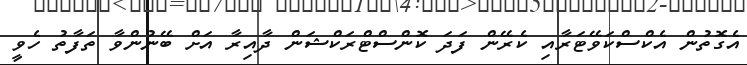
އެގޮތުން އެކްސްކަވޭޓަރާއި ކެރޭން ފަދަ ކޮންސްޓްރަކްޝަން ދާއިރާ އަށް ބޭނުންވާ ތަފާތު ހެވީ